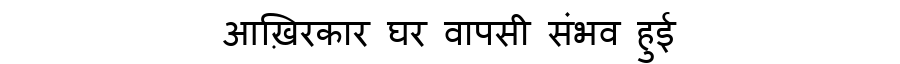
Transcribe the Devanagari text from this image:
आख़िरकार घर वापसी संभव हुई